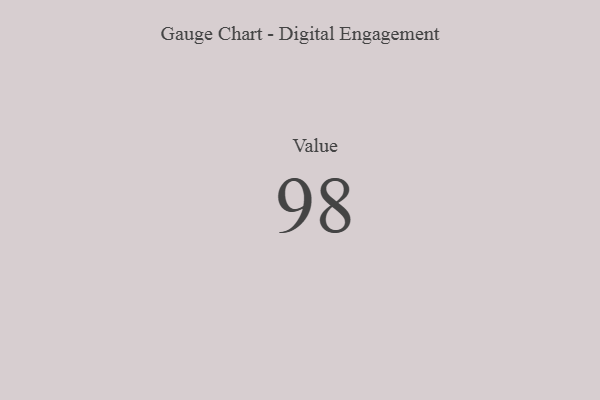
{"axis": {"x": "Metric", "y": "Value"}, "legend": [""], "data": [{"x": "Value", "y": 98, "type": ""}]}